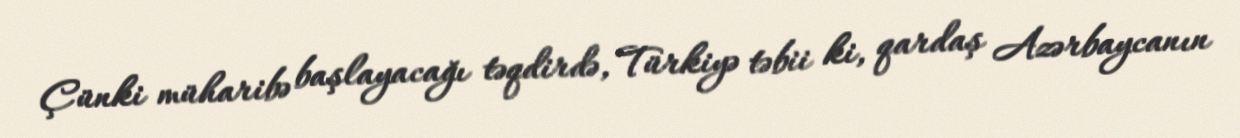
Çünki müharibə başlayacağı təqdirdə, Türkiyə təbii ki, qardaş Azərbaycanın